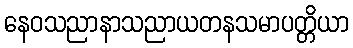
နေဝသညာနာသညာယတနသမာပတ္တိယာ